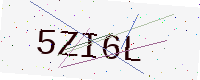
Text: 5ZI6L